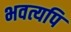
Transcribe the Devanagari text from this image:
भवत्यपि